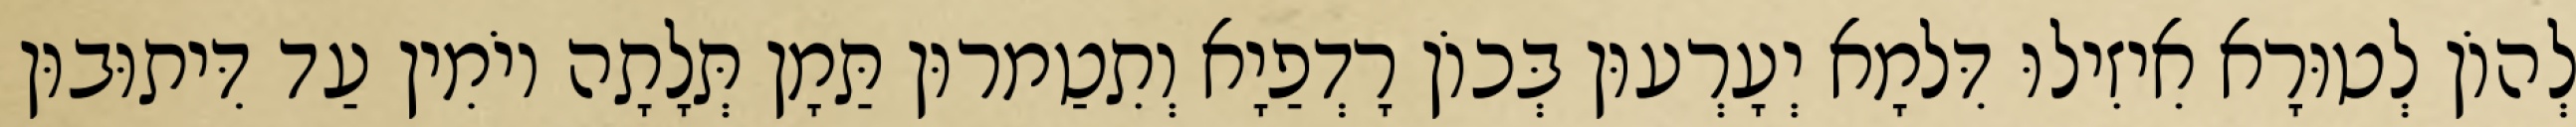
לְהוֹן לְטוּרָא אִיזִילוּ דִּלמָא יְעָרְעוּן בְּכוֹן רָדְפַיָא וְתִטַמרוּן תַּמָן תְּלָתָה יוֹמִין עַד דִּיתוּבוּן